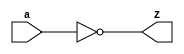
`timescale 1ns / 1ps
//////////////////////////////////////////////////////////////////////////////////
// Company: 
// Engineer: 
// 
// Design Name: 
// Module Name: ZeroComparator
// Project Name: 
// Target Devices: 
// Tool Versions: 
// Description: 
// 
// Dependencies: 
// 
// Revision:
// Revision 0.01 - File Created
// Additional Comments:
// 
//////////////////////////////////////////////////////////////////////////////////


module ZeroComparator(
        input [7:0] a,
        output Z
    );
    assign Z = a == 0;
endmodule